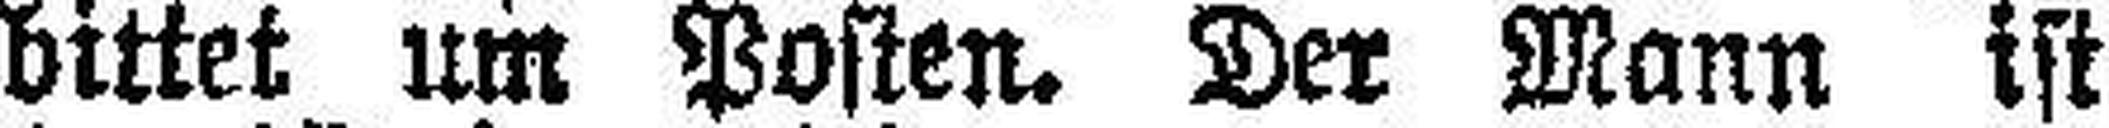
bittet um Posten. Der Mann ist